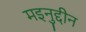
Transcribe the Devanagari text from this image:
मइनुद्दीन